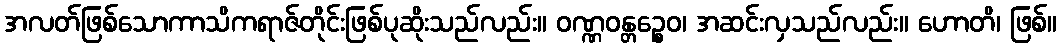
အလတ်ဖြစ်သောကာသိကရာဇ်တိုင်းဖြစ်ပုဆိုးသည်လည်း။ ဝဏ္ဏဝန္တဉ္စေဝ၊ အဆင်းလှသည်လည်း။ ဟောတိ၊ ဖြစ်။